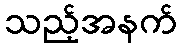
သည့်အနက်